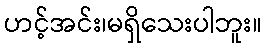
ဟင့်အင်း၊မရှိသေးပါဘူး။